Leaving Certificate Examination, 1916
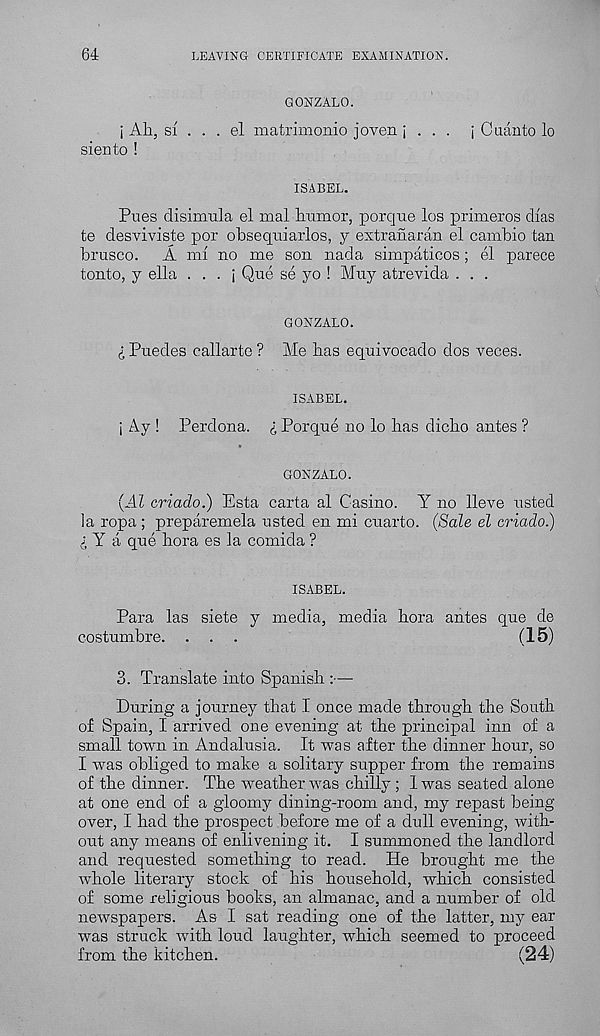
64
LEAVING CERTIFICATE EXAMINATION.
GONZALO.
i Ah, si . . . el matrimonio joven i . . . i Cuanto lo
siento !
ISABEL.
Pues disimula el mal humor, porque los primeros chas
te desviviste por ohseqniarlos, y extranaran el camhio tan
brusco. A mi no me son nada simpaticos; el parece
tonto, y ella . . . j Que se yo ! Muy atrevida . . .
GONZALO.
i Puedes callarte ? Me has equivocado dos veces.
ISABEL.
i Ay ! Perdona. £ Porque no lo has dicho antes ?
GONZALO.
(Al criado.) Esta carta al Casino. Y no lleve listed
la ropa ; preparemela listed en mi cuarto. (Sale el criado.)
j Y a que hora es la comida ?
ISABEL.
Para las siete y media, media hora antes que de
costumbre. . . .
(15)
3. Translate into Spanish :—•
During a journey that I once made through the South
of Spain, I arrived one evening at the principal inn of a
small town in Andalusia. It was after the dinner hour, so
I was obliged to make a solitary supper from the remains
of the dinner. The weather was chilly; 1 was seated alone
at one end of a gloomy dining-room and, my repast being
over, I had the prospect before me of a dull evening, with-
out any means of enlivening it. I summoned the landlord
and requested something to read. He brought me the
whole literary stock of his household, which consisted
of some religious books, an almanac, and a number of old
newspapers. As I sat reading one of the latter, my ear
was struck with loud laughter, which seemed to proceed
from the kitchen.
(24)